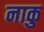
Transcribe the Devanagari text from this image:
नाकु